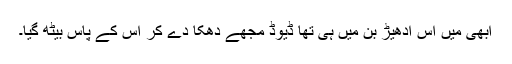
ابھی میں اس ادھیڑ بن میں ہی تھا ڈیوڈ مجھے دھکا دے کر اس کے پاس بیٹھ گیا۔